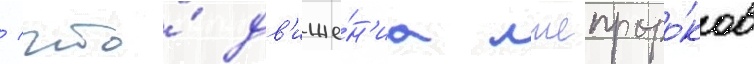
/ что́ дв'иже́н'иа лжепроро́ков